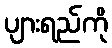
ပျားရည်ကို